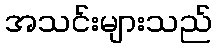
အသင်းများသည်